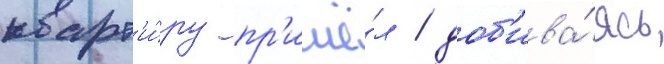
кварт'и́ру пр'ишё́л / доб'ива́ясь